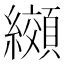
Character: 纐